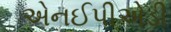
એનઈપીએડી